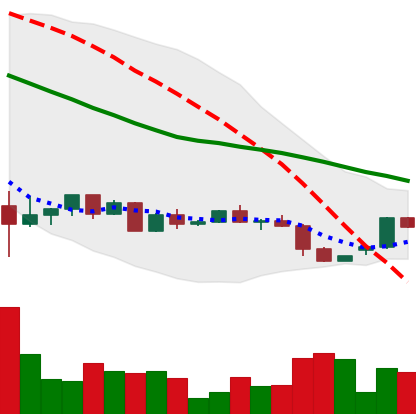
Ticker: ETH-USD
Chart end date: 2022-05-31
Forward return: -7.06%
Label: down_7plus